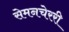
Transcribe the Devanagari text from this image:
सेमनचेररी